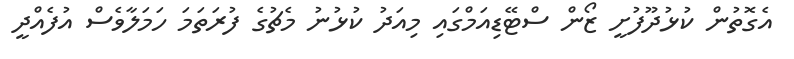
އެގޮތުން ކުޅުދޫފުށީ ޒޯން ސްޓޭޑިއަމްގައި މިއަދު ކުޅުނު މެޗުގެ ފުރަތަމަ ހަމަލާވެސް އުފެއްދީ